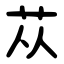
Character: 苁